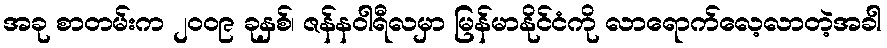
အခု စာတမ်းက ၂၀၀၉ ခုနှစ်၊ ဇန်နဝါရီလမှာ မြန်မာနိုင်ငံကို လာရောက်လေ့လာတဲ့အခါ